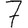
Digit: 7